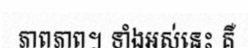
ភាពភាព។ ទាំងអស់នេះ គឺ